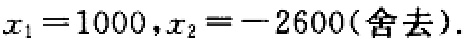
\(x_{1}=1000,x_{2}=-2600(舍去)\)